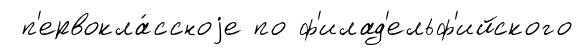
п'ервокла́ссноjе по ф'илад'ельф'ийского